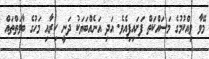
މޭވާ ވިއްކުމުގެ މަސައްކަތް ފަށައިފިއެވެ. އަދި އަނެއްބަޔަކު ދަނީ ކިރާއި މަހުގެ ބާވަތްތައް